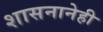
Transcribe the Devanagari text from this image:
शासनानेही